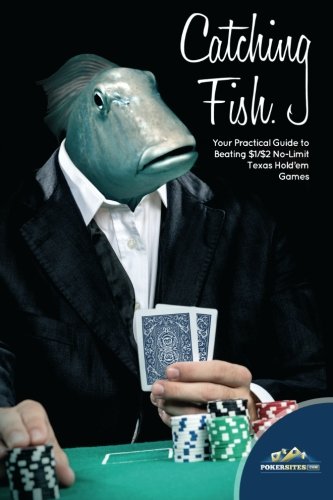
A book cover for Catching Fish: Your Practical Guide TO Beating $1/$2 No-Limit Texas Hold'em Games; Ed Scimia; Humor & Entertainment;